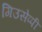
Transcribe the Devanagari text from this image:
गिउसेप्पी